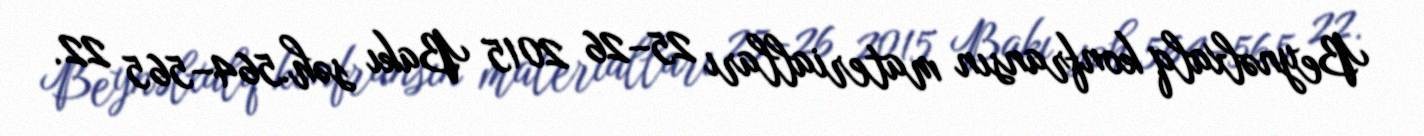
Beynəlxalq konfransın materialları 25–26 2015 Bakı səh.564–565 22.